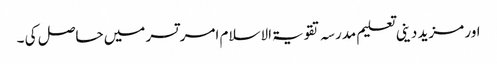
اور مزید دینی تعلیم مدرسہ تقویۃ الاسلام امر تسر میں حاصل کی ۔